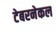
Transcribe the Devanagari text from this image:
टेबरनेकल